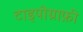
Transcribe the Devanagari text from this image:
टाइपोग्राफ़ी